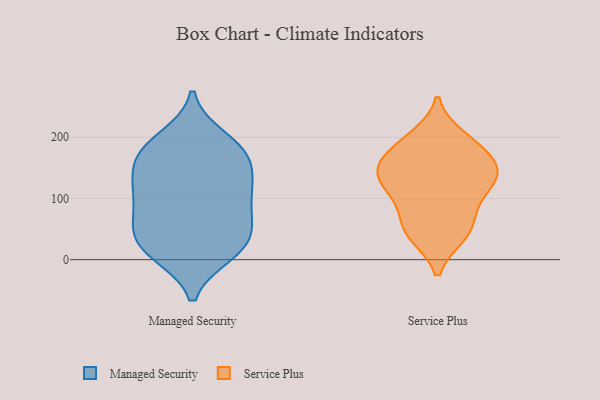
{"axis": {"x": "Revenue (USD Million)", "y": "Value"}, "legend": ["Managed Security", "Service Plus"], "data": [{"x": "", "y": 182, "type": "Managed Security"}, {"x": "", "y": 107, "type": "Managed Security"}, {"x": "", "y": 107, "type": "Managed Security"}, {"x": "", "y": 139, "type": "Managed Security"}, {"x": "", "y": 181, "type": "Managed Security"}, {"x": "", "y": 171, "type": "Managed Security"}, {"x": "", "y": 73, "type": "Managed Security"}, {"x": "", "y": 64, "type": "Managed Security"}, {"x": "", "y": 59, "type": "Managed Security"}, {"x": "", "y": 18, "type": "Managed Security"}, {"x": "", "y": 198, "type": "Managed Security"}, {"x": "", "y": 15, "type": "Managed Security"}, {"x": "", "y": 22, "type": "Managed Security"}, {"x": "", "y": 41, "type": "Managed Security"}, {"x": "", "y": 167, "type": "Managed Security"}, {"x": "", "y": 114, "type": "Managed Security"}, {"x": "", "y": 132, "type": "Managed Security"}, {"x": "", "y": 10, "type": "Managed Security"}, {"x": "", "y": 199, "type": "Service Plus"}, {"x": "", "y": 132, "type": "Service Plus"}, {"x": "", "y": 128, "type": "Service Plus"}, {"x": "", "y": 153, "type": "Service Plus"}, {"x": "", "y": 45, "type": "Service Plus"}, {"x": "", "y": 80, "type": "Service Plus"}, {"x": "", "y": 146, "type": "Service Plus"}, {"x": "", "y": 48, "type": "Service Plus"}, {"x": "", "y": 98, "type": "Service Plus"}, {"x": "", "y": 187, "type": "Service Plus"}, {"x": "", "y": 152, "type": "Service Plus"}, {"x": "", "y": 128, "type": "Service Plus"}, {"x": "", "y": 183, "type": "Service Plus"}, {"x": "", "y": 41, "type": "Service Plus"}]}